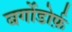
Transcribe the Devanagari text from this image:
बर्गोडोर्फ़